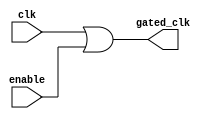
module clock_gating (
    input wire clk,           // Primary clock signal
    input wire enable,        // Enable signal for clock gating
    output wire gated_clk     // Gated clock signal
);

// Use an OR gate to generate the gated clock signal
assign gated_clk = clk | enable;

endmodule